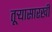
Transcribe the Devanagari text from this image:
तूऱ्यासारखी